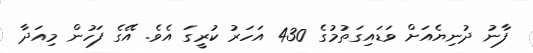
ފާނު ދުނިޔެއަށް ވަޑައިގަތުމުގެ 430 އަހަރު ކުރީގަ އެވެ. އޭގެ ފަހުން މިއަދާ